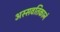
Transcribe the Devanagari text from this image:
अस्सवतिकानं